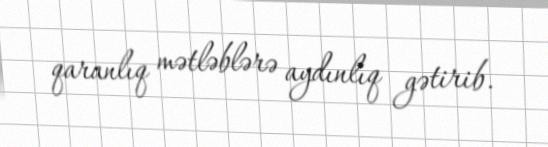
qaranlıq mətləblərə aydınlıq gətirib.